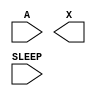
/**
 * Copyright 2020 The SkyWater PDK Authors
 *
 * Licensed under the Apache License, Version 2.0 (the "License");
 * you may not use this file except in compliance with the License.
 * You may obtain a copy of the License at
 *
 *     https://www.apache.org/licenses/LICENSE-2.0
 *
 * Unless required by applicable law or agreed to in writing, software
 * distributed under the License is distributed on an "AS IS" BASIS,
 * WITHOUT WARRANTIES OR CONDITIONS OF ANY KIND, either express or implied.
 * See the License for the specific language governing permissions and
 * limitations under the License.
 *
 * SPDX-License-Identifier: Apache-2.0
 */

`ifndef SKY130_FD_SC_HD__LPFLOW_ISOBUFSRCKAPWR_SYMBOL_V
`define SKY130_FD_SC_HD__LPFLOW_ISOBUFSRCKAPWR_SYMBOL_V

/**
 * lpflow_isobufsrckapwr: Input isolation, noninverted sleep on
 *                        keep-alive power rail.
 *
 *                        X = (!A | SLEEP)
 *
 * Verilog stub (without power pins) for graphical symbol definition
 * generation.
 *
 * WARNING: This file is autogenerated, do not modify directly!
 */

`timescale 1ns / 1ps
`default_nettype none

(* blackbox *)
module sky130_fd_sc_hd__lpflow_isobufsrckapwr (
    //# {{data|Data Signals}}
    input  A    ,
    output X    ,

    //# {{power|Power}}
    input  SLEEP
);

    // Voltage supply signals
    supply1 KAPWR;
    supply1 VPWR ;
    supply0 VGND ;
    supply1 VPB  ;
    supply0 VNB  ;

endmodule

`default_nettype wire
`endif  // SKY130_FD_SC_HD__LPFLOW_ISOBUFSRCKAPWR_SYMBOL_V